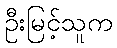
ဦးမြင့်သူက